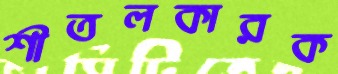
শীতলকারক